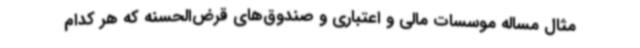
مثال مساله موسسات مالی و اعتباری و صندوق‌های قرض‌الحسنه که هر کدام